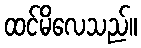
ထင်မိလေသည်။